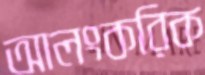
আলংকরিক